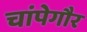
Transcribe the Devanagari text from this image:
चांपेगौर